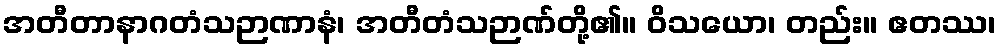
အတီတာနာဂတံသဉာဏာနံ၊ အတီတံသဉာဏ်တို့၏။ ဝိသယော၊ တည်း။ ဧတဿ၊